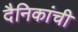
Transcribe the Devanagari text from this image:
दैनिकांची